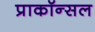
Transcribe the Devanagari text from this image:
प्राकॉन्सल